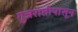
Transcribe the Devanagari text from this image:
गुजरातीपासून